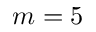
m = 5